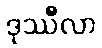
ဒုဿီလာ